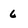
Character: 6